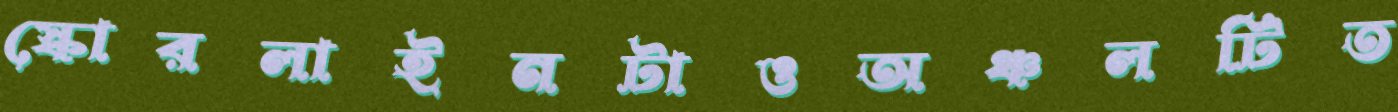
স্কোরলাইনটাওঅঞ্চলটিত